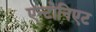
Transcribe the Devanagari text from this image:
एन्टोनिएट